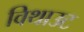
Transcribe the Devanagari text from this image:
विथाउट